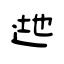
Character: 逇